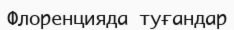
Флоренцияда туғандар